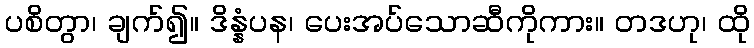
ပစိတွာ၊ ချက်၍။ ဒိန္နံပန၊ ပေးအပ်သောဆီကိုကား။ တဒဟု၊ ထို